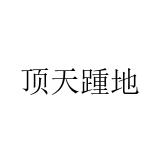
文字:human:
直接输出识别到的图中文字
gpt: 顶天踵地